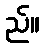
ည်။